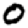
Digit: 0